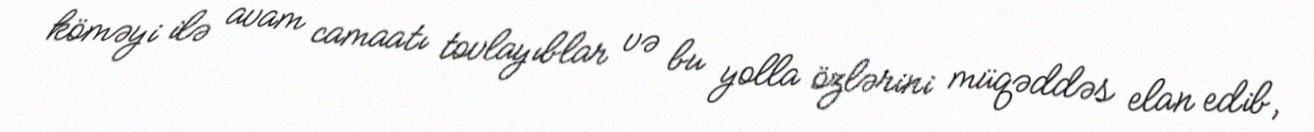
köməyi ilə avam camaatı tovlayıblar və bu yolla özlərini müqəddəs elan edib,